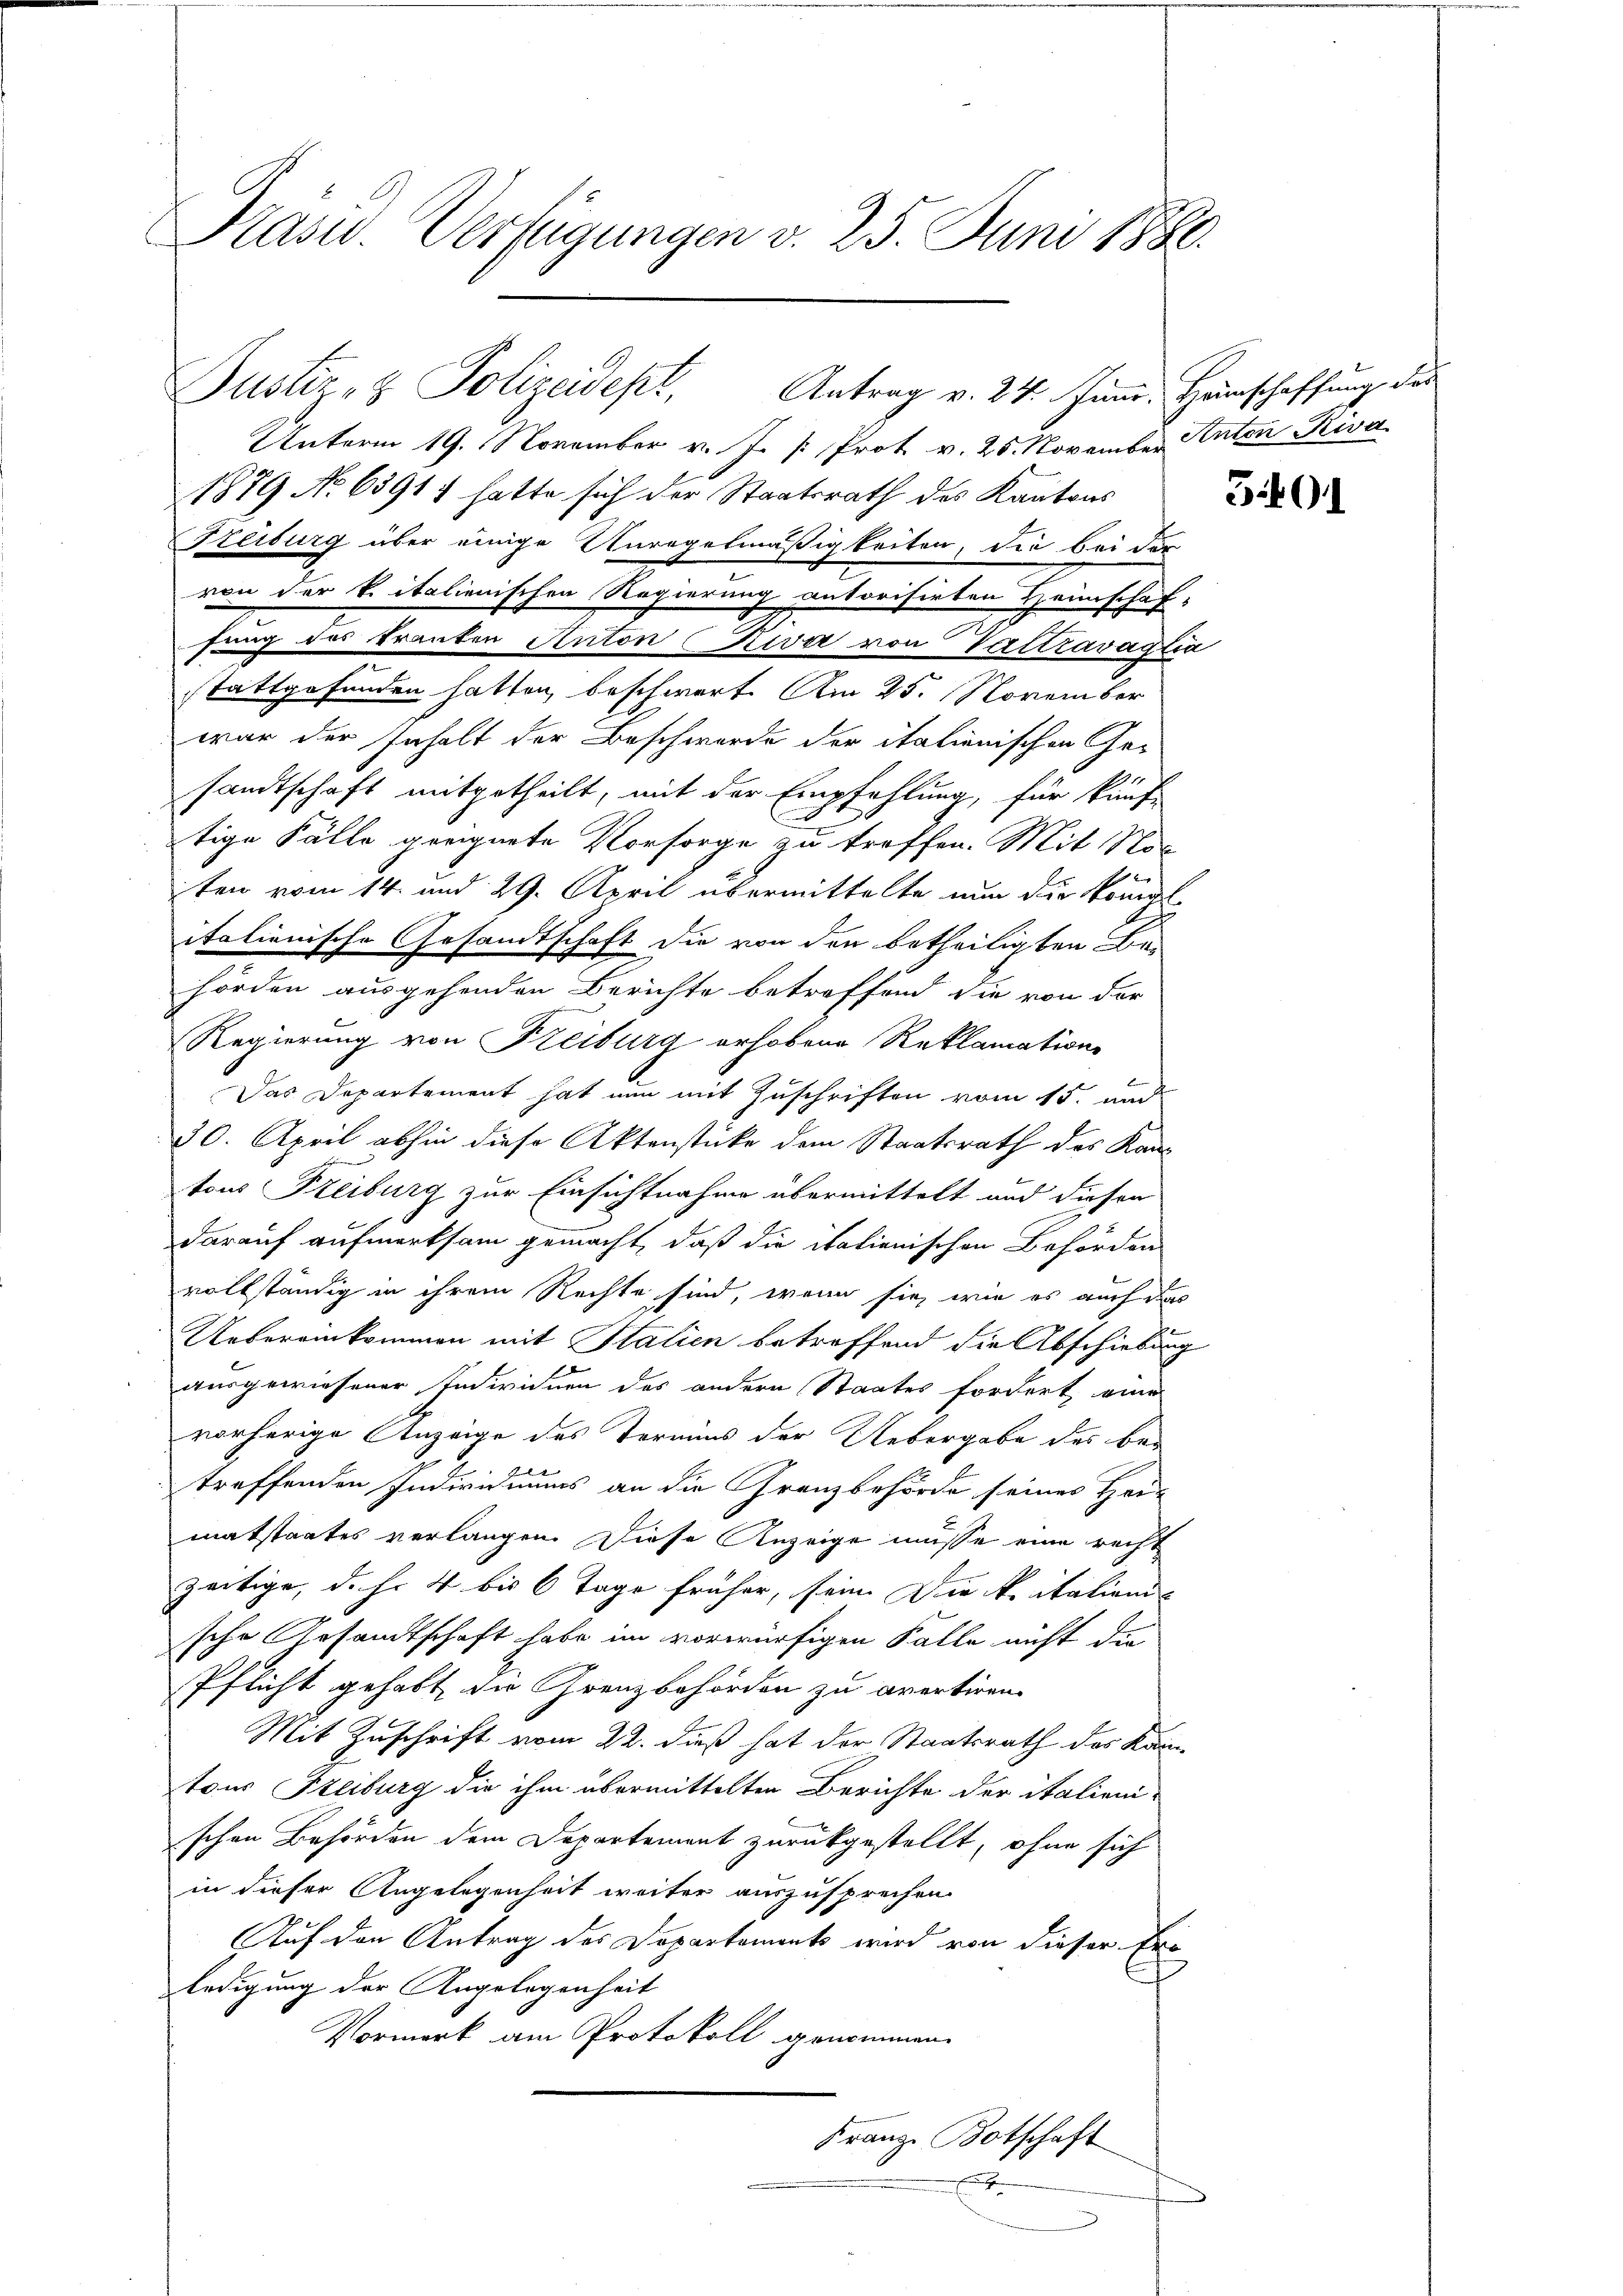
Kasw. Verfügungen v. 25. Juni 1880.

Unterm 19. November v. J. [ Prot v. 25. November Anton Riva
1879 No 63917 hatte sich der Staatsrath des Kantons
Freiburg über einige Unregelmäßigkeiten, die bei der
von der k. italienischen Regierung autorisirten Heimschaf-
fung des Tranken Anton Riva von Vattravaglia
stattgefunden hatten, beschwert. Am 25. November
war der Inhalt der Beschwerde der italienischen Ge-
sandtschaft mitgetheilt, mit der Empfehlung, für kauf-
tige Fälle geeignete Vorsorge zu treffen. Mit No

ten vom 14. und 29. April übermittelte nun die kompl
italienische Gesandtschaft die von den betheiligten Behörden ausgehenden Berichte betreffend die von der
Regierung von Freiburg erhobene Reklamation
Das Departement hat nun mit Zuschriften vom 15. und
30. April abhin diese Aktenstücke dem Staatsrath des Kan
tons Freiburg zur Einsichtnahme übermittelt und diesen
darauf aufmerksam gemacht, daß die italienischen Behörden
vollständig in ihrem Rechte sind, wenn sie, wie es auch das
Uebereinkommen mit Stalien betreffend die Abschiebung
ausgewiesener Individuen des andern Staates fordert, eines
vorherige Anzeige des Termins der Uebergabe des bei
treffenden Individuums an die Grenzbehörde seines Hei-
matstaates verlangen. Diese Anzeige müsse eine recht
zeitige, d.h. 4 bis 6 Tage früher, sein Die kritations
sche Gesandtschaft habe im vorwürfigen Falle nicht die
Pflicht gehabt, die Grenzbehörden zu avertiren.
Mit Zuschrift vom 22. dieß hat der Staatsrath des Kamtous Freiburg die ihm übermittelten Berichte der italienischen Behörden dem Departement zurückgestellt, ohne sich
in dieser Angelegenheit weiter auszusprechen.
Auf den Antrag des Departaments wird von dieser Er-
ledigung der Angelegenheit
Vormerk am Protokoll genommen.
Franz-Botschaft

Justiz- & Polizeidepl, Antrag v. 24. Jun. Heinschaffung des

t

3401